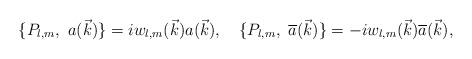
LaTeX: \begin{align*}\{ P_{l,m},\ a(\vec k)\} = i w_{l,m}(\vec k) a(\vec k),\quad \{ P_{l,m},\ {\overline{a}}(\vec k)\} = -i w_{l,m}(\vec k) {\overline{a}}(\vec k),\end{align*}